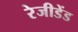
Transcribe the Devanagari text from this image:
रेजीडेंड